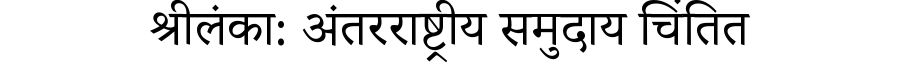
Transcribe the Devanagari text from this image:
श्रीलंका: अंतरराष्ट्रीय समुदाय चिंतित